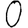
Digit: 0